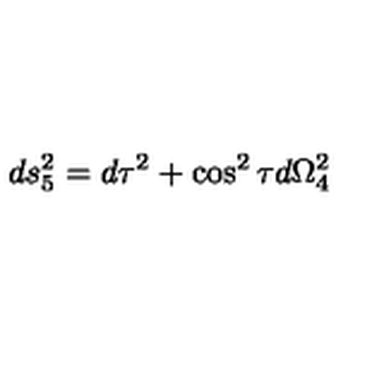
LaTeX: d s _ { 5 } ^ { 2 } = d \tau ^ { 2 } + \cos ^ { 2 } \tau d \Omega _ { 4 } ^ { 2 }